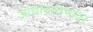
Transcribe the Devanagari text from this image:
आधारस्तंभावर